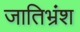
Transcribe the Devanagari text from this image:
जातिभ्रंश